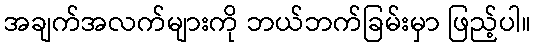
အချက်အလက်များကို ဘယ်ဘက်ခြမ်းမှာ ဖြည့်ပါ။